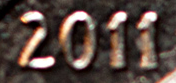
2011